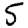
Digit: 5